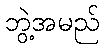
ဘွဲ့အမည်